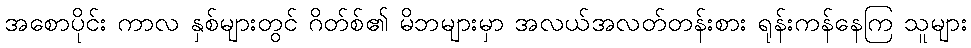
အစောပိုင်း ကာလ နှစ်များတွင် ဂိတ်စ်၏ မိဘများမှာ အလယ်အလတ်တန်းစား ရုန်းကန်နေကြ သူများ